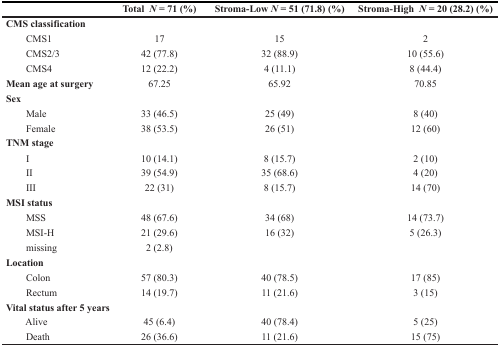
|  | Total N = 71 (%) | Stroma-Low N = 51 (71.8) (%) | Stroma-High N = 20 (28.2) (%) |
 | --- | --- | --- | --- |
 | CMS classification |  |  |  |
 | CMS1 | 17 | 15 | 2 |
 | CMS2/3 | 42 (77.8) | 32 (88.9) | 10 (55.6) |
 | CMS4 | 12 (22.2) | 4 (11.1) | 8 (44.4) |
 | Mean age at surgery | 67.25 | 65.92 | 70.85 |
 | Sex |  |  |  |
 | Male | 33 (46.5) | 25 (49) | 8 (40) |
 | Female | 38 (53.5) | 26 (51) | 12 (60) |
 | TNM stage |  |  |  |
 | I | 10 (14.1) | 8 (15.7) | 2 (10) |
 | II | 39 (54.9) | 35 (68.6) | 4 (20) |
 | III | 22 (31) | 8 (15.7) | 14 (70) |
 | MSI status |  |  |  |
 | MSS | 48 (67.6) | 34 (68) | 14 (73.7) |
 | MSI-H | 21 (29.6) | 16 (32) | 5 (26.3) |
 | missing | 2 (2.8) |  |  |
 | <COLSPAN=4> Location |
 | Colon | 57 (80.3) | 40 (78.5) | 17 (85) |
 | Rectum | 14 (19.7) | 11 (21.6) | 3 (15) |
 | <COLSPAN=4> Vital status after 5 years |
 | Alive | 45 (6.4) | 40 (78.4) | 5 (25) |
 | Death | 26 (36.6) | 11 (21.6) | 15 (75) |